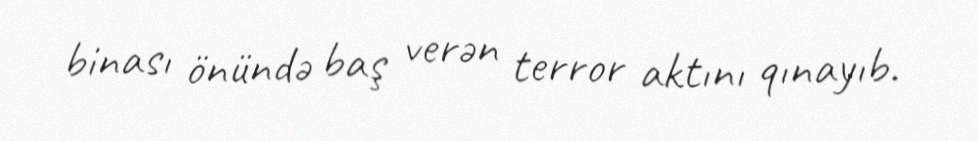
binası önündə baş verən terror aktını qınayıb.